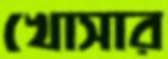
খোসার